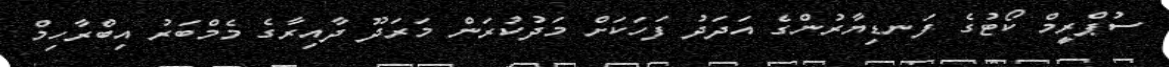
ސުޕްރީމް ކޯޓުގެ ފަނޑިޔާރުންގެ އަދަދު ފަހަކަށް މަދުކުރަން މަރަދޫ ދާއިރާގެ މެމްބަރު އިބްރާހިމް